Vaccination in the Punjab 1905-1918 - 1905-1918
Year: 1905
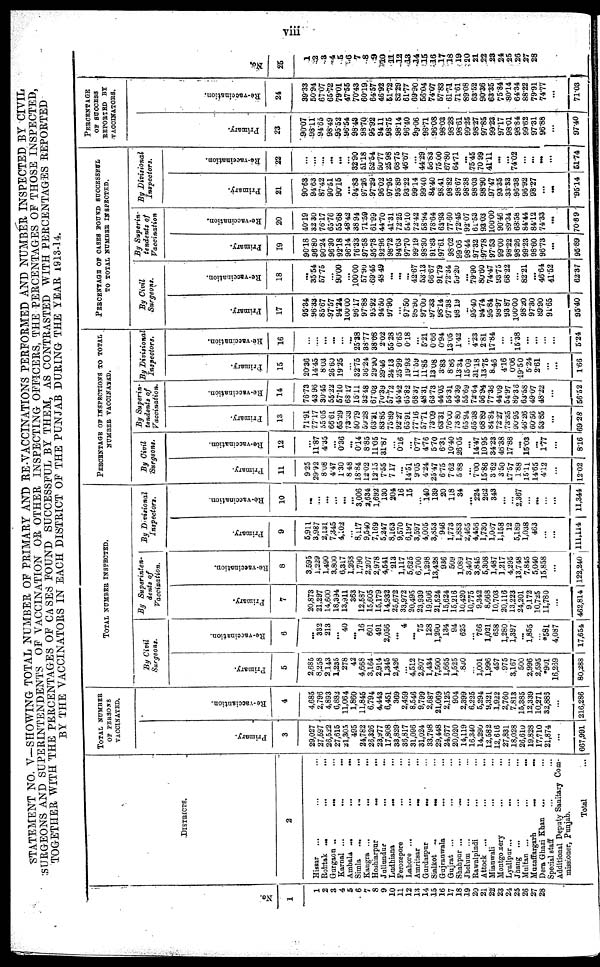
viii
STATEMENT NO. V—SHOWING TOTAL NUMBER OF PRIMARY AND RE-VACCINATIONS PERFORMED AND NUMBER INSPECTED BY CIVIL
SURGEONS AND SUPERINTENDENTS OF VACCINATION OR OTHER INSPECTING OFFICERS, THE PERCENTAGES OF THOSE INSPECTED,
TOGETHER WITH THE PERCENTAGES OF CASES FOUND SUCCESSFUL BY THEM, AS CONTRASTED WITH PERCENTAGES REPORTED
BY THE VACCINATORS IN EACH DISTRICT OF THE PUNJAB DURING THE YEAR 1913-14.
No.
1
1
2
3
4
5
6
7
8
9
10
11
12
13
14
15
16
17
18
19
20
21
22
23
24
25
26
27
28
DISTRICTS.
2
Hissar ... ... ...
Rohtak ... ... ...
Gurgaon ... ... ...
Karnal ... ... ...
Ambala ... ... ...
Simla ... ... ...
Kangra ... ... ...
Hoshiarpur ... ...
Jullundur ... ...
Ludhiana ... ...
Ferozepore
... ...
Lahore ... ... ...
Amritsar ... ...
Gurdaspur ... ...
Sialkot ... ... ...
Gujranwala ... ...
Gujrat ... ... ...
Shahpur ...
... ...
Jhelum ... ... ...
Rawalpindi ... ...
Attock ... ...
Miauwali ... ...
Montgomery ... ...
Lyallpur...
...
...
Jhang ... ... ...
Multan ...
...
...
Mazaffargarh
...
...
Dera Ghazi Khan ... ...
Special staff ... ...
Additional Deputy Sanitary Com-
missioner, Punjab.
Total ...
TOTAL NUMBER
OF PERSONS
VACCINATED.
Pr i
mar y.
3
29,027
27,597
26,622
27,615
21,305
495
24,782
26,326
23,977
17,808
33,829
36,817
31,096
31,024
33,798
29,448
24,677
20,020
14,119
16,340
14,290
12,582
12,616
27,831
18,028
26,610
19,828
17,710
21,874
...
667,991
Re -
va c c i
a nt i
on.
4
4,685
2,796
4,893
6,882
11,064
1,860
11,845
6,794
4,443
6,451
369
2,459
8,546
9,799
2,687
21,069
2,125
904
2,399
6,225
5,294
9,321
1,922
2,760
7,813
15,385
12,339
10,271
32,886
...
216,286
TOTAL NUMBERR INSPECTED.
By Civil
Surgeons.
Primary.
5
2,685
8,258
2,143
1,235
278
42
4,668
3,164
2,914
1,345
2,426
...
4,512
2,807
1,434
7,500
1,665
1,525
830
...
1,001
1,996
457
975
3,167
500
2,996
2,595
*901
16,269
80,288 |
Re-vaccination.
6
...
332
213
...
40
...
16
601
491
2,056
...
4
...
75
128
1,200
134
94
625
...
766
1,021
658
1,280
1,397
...
1,855
...
*58l
4,087
17,654
By Superinten-
dents of
Vaccination.
Primary.
7
20,873
21,297
14,600
18,394
13,911
363
12,587
15,605
15,179
14,932
25,672
33,972
20,495
23,939
19,506
21,524
15,624
15,216
10,420
10,775
9,342
8,668
10,703
20,116
13,223
24,201
9,172
10,725
11,780
...
462,814
Re-vaccination.
8
3,595
1,229
1,490
3,800
6,317
1,268
1,790
2,207
2,978
4,541
213
1,117
5,625
6,700
1,298
13,428
936
509
1,089
3,467
3,845
5,308
1,487
1,217
4,295
13,748
7,845
5,040
15,858
...
122,240
By Divisional
Inspectors.
Primary.
9
5,911
3,987
2,131
7,345
4,102
...
8,117
9,540
7,169
5,247
8,163
9,570
6,197
3,597
4,005
3,853
946
1,773
1,883
2,465
4,456
1,730
1,067
1,158
12
5,189
1,038
463
...
...
111,114
Re-vaccination.
10
...
...
...
...
...
...
3,006
2,634
1,692
130
204
16
15
...
140
139
20
118
34
...
224
262
343
...
...
2,367
...
...
...
...
11,344
PERCENTAGE OF INSPECTIONS TO TOTAL
NUMBER VACCINATED.
By Civil
Surgeons.
Primary.
11
9.25
29.92
8.08
4.47
130
8.48
18.84
12.02
12.15
7.55
7.17
...
14.51
9.05
4.24
25.47
6.75
7.62
5.88
...
7.00
15.86
3.62
3.50
17.57
1.88
15.11
14.65
4.12
...
12.02
Re-vaccination.
12
...
11.87
4.35
...
0.36
...
0.14
8.85
11.05
31.87
...
0.16
...
0.77
4.76
5.70
6.31
10.40
26.05
...
14.47
10.95
34.23
46.38
17.88
...
15.03
...
1.77
...
8.16
By Superin¬
tendents of
Vaccination.
Primary.
13
71.91
77.17
55.05
66.61
65.29
73.33
50.79
59.28
63.31
83.85
75.89
92.27
65.91
77.16
57.71
73.09
63.31
76.00
73.80
65.94
65.38
68.89
84.84
72.27
73.35
90.95
46.26
60.56
53.85
...
69.28
Re-vaccination.
14
76.73
43.96
30.45
55.22
57.10
68.17
15.11
32.48
67.03
70.39
57.72
45.42
65.82
68.37
48.31
63.73
44.05
56.31
45.39
55.69
72.64
56.94
77.36
44.09
54.97
89.36
63.58
49.07
48.22
...
56.52
By Divisional
Inspectors.
Primary.
15
20.36
14.45
8.03
26.60
19.25
...
32.75
36.24
29.90
29.46
24.13
25.99
19.93
11.59
11.85
13.08
3.83
8.86
13.34
15.09
31.18
13.75
8.46
4.16
0.06
19.50
5.24
2.61
...
1.66
Re-vaccination.
16
...
...
...
...
...
...
25.38
33.77
38.08
2.02
55.28
0.65
0.18
...
5.21
0.66
0.94
13.05
1.42
...
4.23
2.81
17.84
...
...
15.38
...
...
...
...
5.24
PERCENTAGE OF CASES FOUND SUCCESSFUL
TO TOTAL NUMBER INSPECTED.
By Civil
Surgeons.
Primary.
17
95.34
96.33
85.67
97.57
94.24
100.00
96.17
97.88
95.92
94.50
97.90
...
97.50
98.90
97.00
97.33
98.14
97.38
98.19
...
95.40
94.74
95.84
98.97
93.87
100.00
98.20
97.30
89.90
91.65
95.40
Re-vaccination.
18
...
35.54
67.75
...
90.00
...
100.00
57.90
69.45
48.49
...
...
...
42.67
53.13
66.67
91.79
72.34
59.20
...
79.90
80.60
74.47
93.75
68.22
...
82.21
...
46.64
41.52
62.37
By Superin-
tendents of
Vaccination
Primary.
19
90.18
96.80
90.24
96.30
92.18
96.14
76.33
97.58
95.78
92.96
98.72
94.63
97.70
99.19
98.30
91.83
97.61
98.02
99.06
98.44
97.32
97.78
97.53
99.00
98.22
98.26
99.23
98.60
96.73
...
95.89
Re-vaccination.
20
40.19
32.30
76.17
65.76
55.68
48.42
38.94
71.59
61.99
44.70
41.31
72.25
54.10
72.42
58.94
78.64
62.93
77.60
72.45
92.07
61.53
93.03
100.00
90.46
89.34
68.58
84.44
84.12
74.33
...
70.89
By Divisional
Inspectors.
Primary.
21
90.63
94.63
87.42
90.51
90.15
...
94.83
97.26
97.29
96.02
97.95
95.89
93.22
99.14
99.40
84.40
98.41
98.82
98.67
98.38
98.03
98.90
97.47
93.35
33.33
96.38
96.92
98.27
...
...
95.14
Re-vaccination.
22
...
...
...
...
...
...
82.90
51.18
52.54
50.77
25.98
68.75
46.67
...
44.29
56.83
75.00
67.80
64.71
...
75.45
70.99
41.11
...
...
74.02
...
...
...
...
51.74
PERCENTAGE
OF SUCCESS
REPORTED BY
VACCINATORS.
Pr i
mar y.
23
90.07
93.11
94.65
98.49
95.52
96.54
98.43
98.70
95.92
94.11
98.75
98.14
96.40
99.06
98.71
96.08
98.03
98.28
98.61
99.25
98.27
97.85
99.23
97.17
98.01
98.84
99.62
97.31
96.88
...
97.40
Re-vaccination.
24
39.33
50.94
67.07
65.72
79.01
47.55
70.43
60.19
64.57
46.92
51.72
82.29
61.77
69.90
56.04
74.07
57.83
61.71
71.61
89.08
63.52
90.36
63.35
75.84
80.14
64.34
88.22
79.91
74.77
...
71.03
No.
25
1
2
3
4
5
6
7
8
9
10
11
12
13
14
15
16
17
18
19
20
21
22
23
24
25
26
27
28